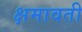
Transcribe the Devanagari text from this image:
क्षमावती